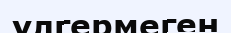
үлгермеген